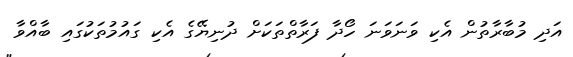
އަދި މުބާރާތުން އެކި ވަނަވަނަ ހޯދާ ފަރާތްތަކަށް ދުނިޔޭގެ އެކި ގައުމުތަކުގައި ބާއްވާ